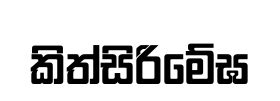
කිත්සිරිමේඝ